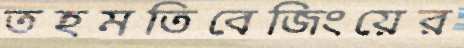
তহমতিবেজিংয়ের